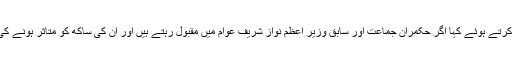
سیاسی امور کے سینئر تجزیہ کار احمد بلال محبوب نے جمعے کو وائس آف امریکہ سے گفتگو کرتے ہوئے کہا اگر حکمران جماعت اور سابق وزیر اعظم نواز شریف عوام میں مقبول رہتے ہیں اور ان کی ساکھ کو متاثر ہونے کی کوششیں کامیاب نہیں ہوتیں تو شاید ان کے خیال میں انتخاب ملتوی کرنے کی کوشش کی جائے۔